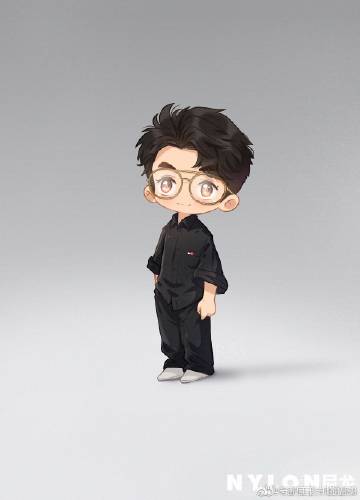
言近而指远者，善言也守约而施博者，善道也。